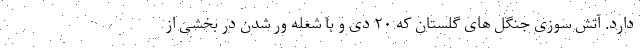
دارد. آتش سوزی جنگل های گلستان که ۲۰ دی و با شعله ور شدن در بخشی از